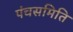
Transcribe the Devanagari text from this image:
पंचसमिति